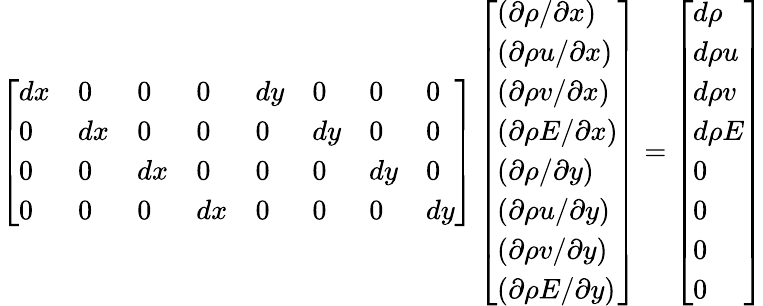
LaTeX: \left[\begin{array}{llllllll}{dx}&{0}&{0}&{0}&{dy}&{0}&{0}&{0}\\ {0}&{dx}&{0}&{0}&{0}&{dy}&{0}&{0}\\ {0}&{0}&{dx}&{0}&{0}&{0}&{dy}&{0}\\ {0}&{0}&{0}&{dx}&{0}&{0}&{0}&{dy}\end{array}\right]\left[\begin{array}{l}{(\partial\rho/\partial x)}\\ {(\partial\rho u/\partial x)}\\ {(\partial\rho v/\partial x)}\\ {(\partial\rho E/\partial x)}\\ {(\partial\rho/\partial y)}\\ {(\partial\rho u/\partial y)}\\ {(\partial\rho v/\partial y)}\\ {(\partial\rho E/\partial y)}\end{array}\right]=\left[\begin{array}{l}{d\rho}\\ {d\rho u}\\ {d\rho v}\\ {d\rho E}\\ {0}\\ {0}\\ {0}\\ {0}\end{array}\right]